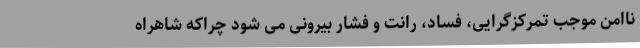
ناامن موجب تمرکزگرایی، فساد، رانت و فشار بیرونی می شود چراکه شاهراه